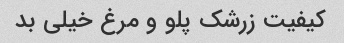
کیفیت زرشک پلو و مرغ خیلی بد